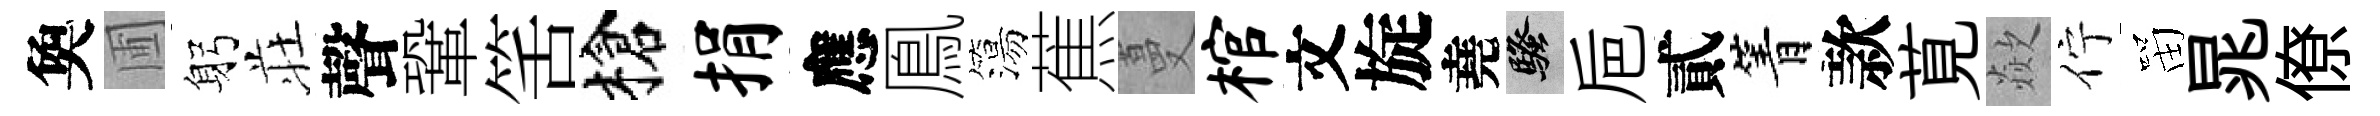
奐圃躬荘聲鞏筈槍捐應鳯簜蕉蔓棺文旋堯騷巵貳箐款莧歘佇㽞晁僚